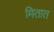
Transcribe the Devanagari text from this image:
मितात